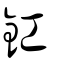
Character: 釭